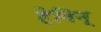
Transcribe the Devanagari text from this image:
हेनिन्